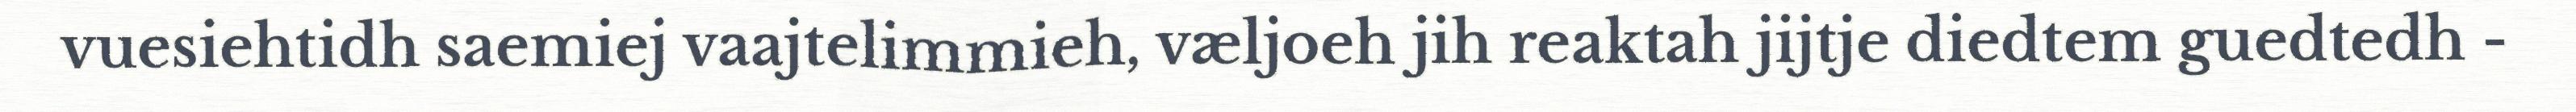
vuesiehtidh saemiej vaajtelimmieh, væljoeh jih reaktah jijtje diedtem guedtedh -